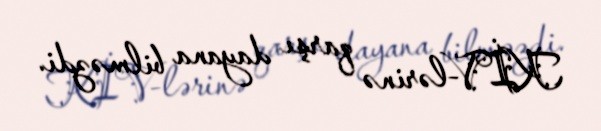
KİV-lərinə qarşı dayana bilməzdi.